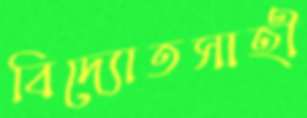
বিদ্যোতসাহী